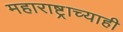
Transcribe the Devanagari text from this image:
महाराष्ट्राच्याही